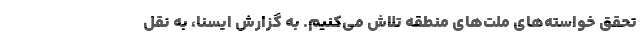
تحقق خواسته‌های ملت‌های منطقه تلاش می‌کنیم. به گزارش ایسنا، به نقل